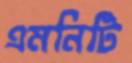
এমনিটি